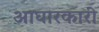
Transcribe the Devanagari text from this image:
आघारकारी